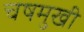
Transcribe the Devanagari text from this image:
चषमुखी